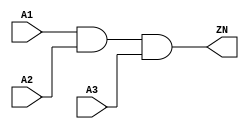
module AND3_X1 (A1, A2, A3, ZN);
  input A1;
  input A2;
  input A3;
  output ZN;
  and(ZN, i_4, A3);
  and(i_4, A1, A2);
  specify
    (A1 => ZN) = (0.1, 0.1);
    (A2 => ZN) = (0.1, 0.1);
    (A3 => ZN) = (0.1, 0.1);
  endspecify
endmodule